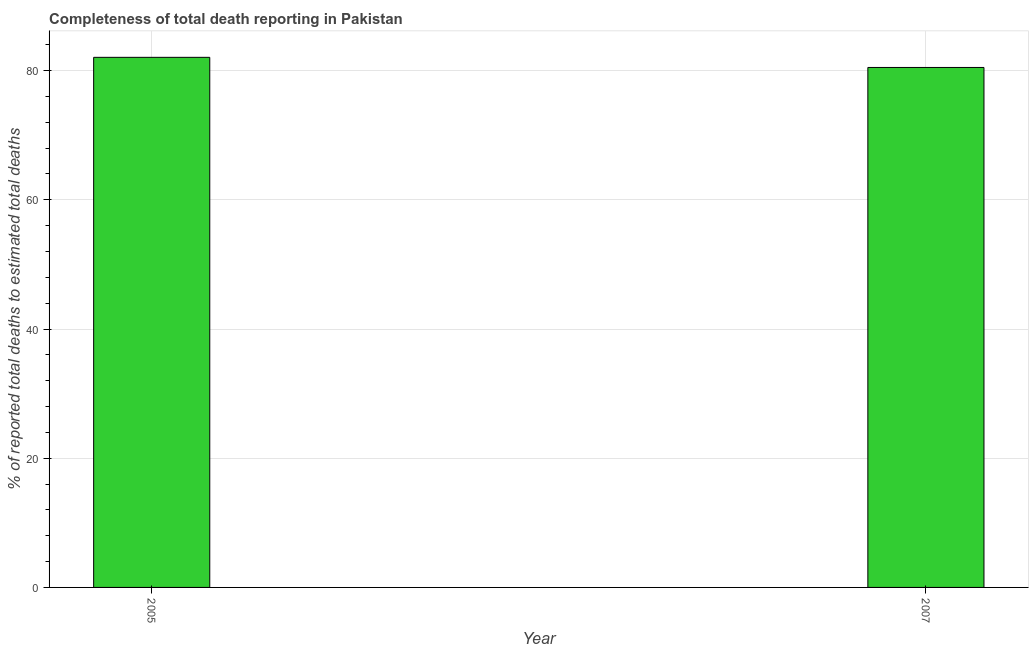
| Year | Completeness of total death reporting  |
 | --- | --- |
 | 2005 | 82.1 |
 | 2007 | 80.5 |